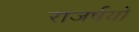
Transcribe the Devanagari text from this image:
राजर्षयो